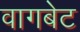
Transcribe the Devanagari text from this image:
वागबेट